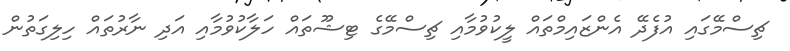
ޗިސްމޭގައި އުފެދޭ އެންޒައިމްތައް ލީކުވުމާއި ޗިސްމޭގެ ޓިޝޫތައް ހަލާކުވުމާއި އަދި ނާރުތައް ހިލިގަތުން